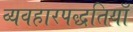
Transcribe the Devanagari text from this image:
व्यवहारपद्धतियाँ